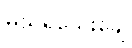
မသိရသေးချေ